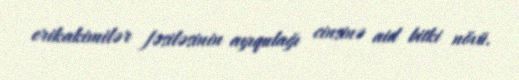
erikakimilər fəsiləsinin ayıqulağı cinsinə aid bitki növü.